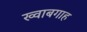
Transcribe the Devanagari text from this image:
ख्‍वाबगाह